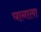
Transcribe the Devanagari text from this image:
घानाला